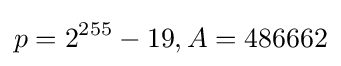
p=2^{255}-19,A=486662